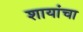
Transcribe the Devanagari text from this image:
शायांचा